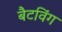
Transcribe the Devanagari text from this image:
बैटविंग